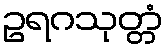
ဥရဂသုတ္တံ